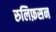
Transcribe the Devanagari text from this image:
रुलिफ़सन